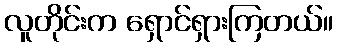
လူတိုင်းက ရှောင်ရှားကြတယ်။